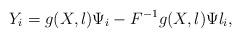
LaTeX: \begin{align*}{Y_i} = g(X,l){\Psi _i} - {F^{ - 1}}g(X,l)\Psi {l_i},\end{align*}